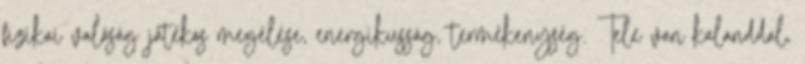
fizikai valóság játékos megélése, energikusság, termékenység. Tele van kalanddal,